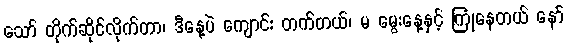
သော် တိုက်ဆိုင်လိုက်တာ၊ ဒီနေ့ပဲ ကျောင်း တက်တယ်၊ မ မွေးနေ့နှင့် ကြုံနေတယ် နော်